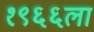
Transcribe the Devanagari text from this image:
१९६६ला